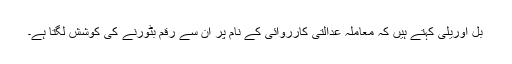
بل اوریلی کہتے ہیں کہ معاملہ عدالتی کارروائی کے نام پر ان سے رقم بٹورنے کی کوشش لگتا ہے۔